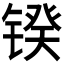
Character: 𰾥